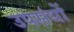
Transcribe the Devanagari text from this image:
उपसंघों